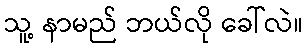
သူ့ နာမည် ဘယ်လို ခေါ်လဲ။